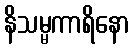
နိသမ္မကာရိနော